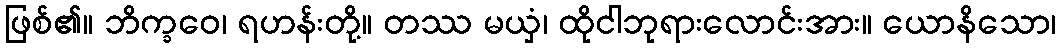
ဖြစ်၏။ ဘိက္ခဝေ၊ ရဟန်းတို့။ တဿ မယှံ၊ ထိုငါဘုရားလောင်းအား။ ယောနိသော၊